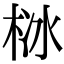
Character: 栤